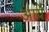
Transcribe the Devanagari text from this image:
आर्ये